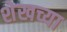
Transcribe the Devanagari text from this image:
शेखच्या